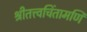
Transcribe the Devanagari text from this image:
श्रीतत्त्वचिंतामणि